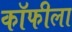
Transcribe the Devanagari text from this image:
कॉफीला